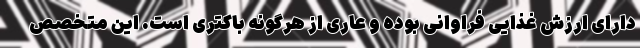
دارای ارزش غذایی فراوانی بوده و عاری از هرگونه باکتری است. این متخصص